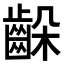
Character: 𪘉